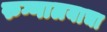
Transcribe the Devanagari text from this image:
रुग्णालयाचा